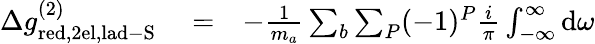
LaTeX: \begin{array}{rlr}{\Delta g_{\mathrm{red,2el,lad-S}}^{(2)}}&{{}=}&{-\frac{1}{m_{a}}\sum_{b}\sum_{P}(-1)^{P}\frac{i}{\pi}\int_{-\infty}^{\infty}\mathrm{d}\omega}\end{array}